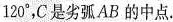
1 2 0 $$°，C是劣弧AB的中点.